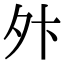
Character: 𫝢